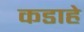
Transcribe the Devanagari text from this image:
कडाहे